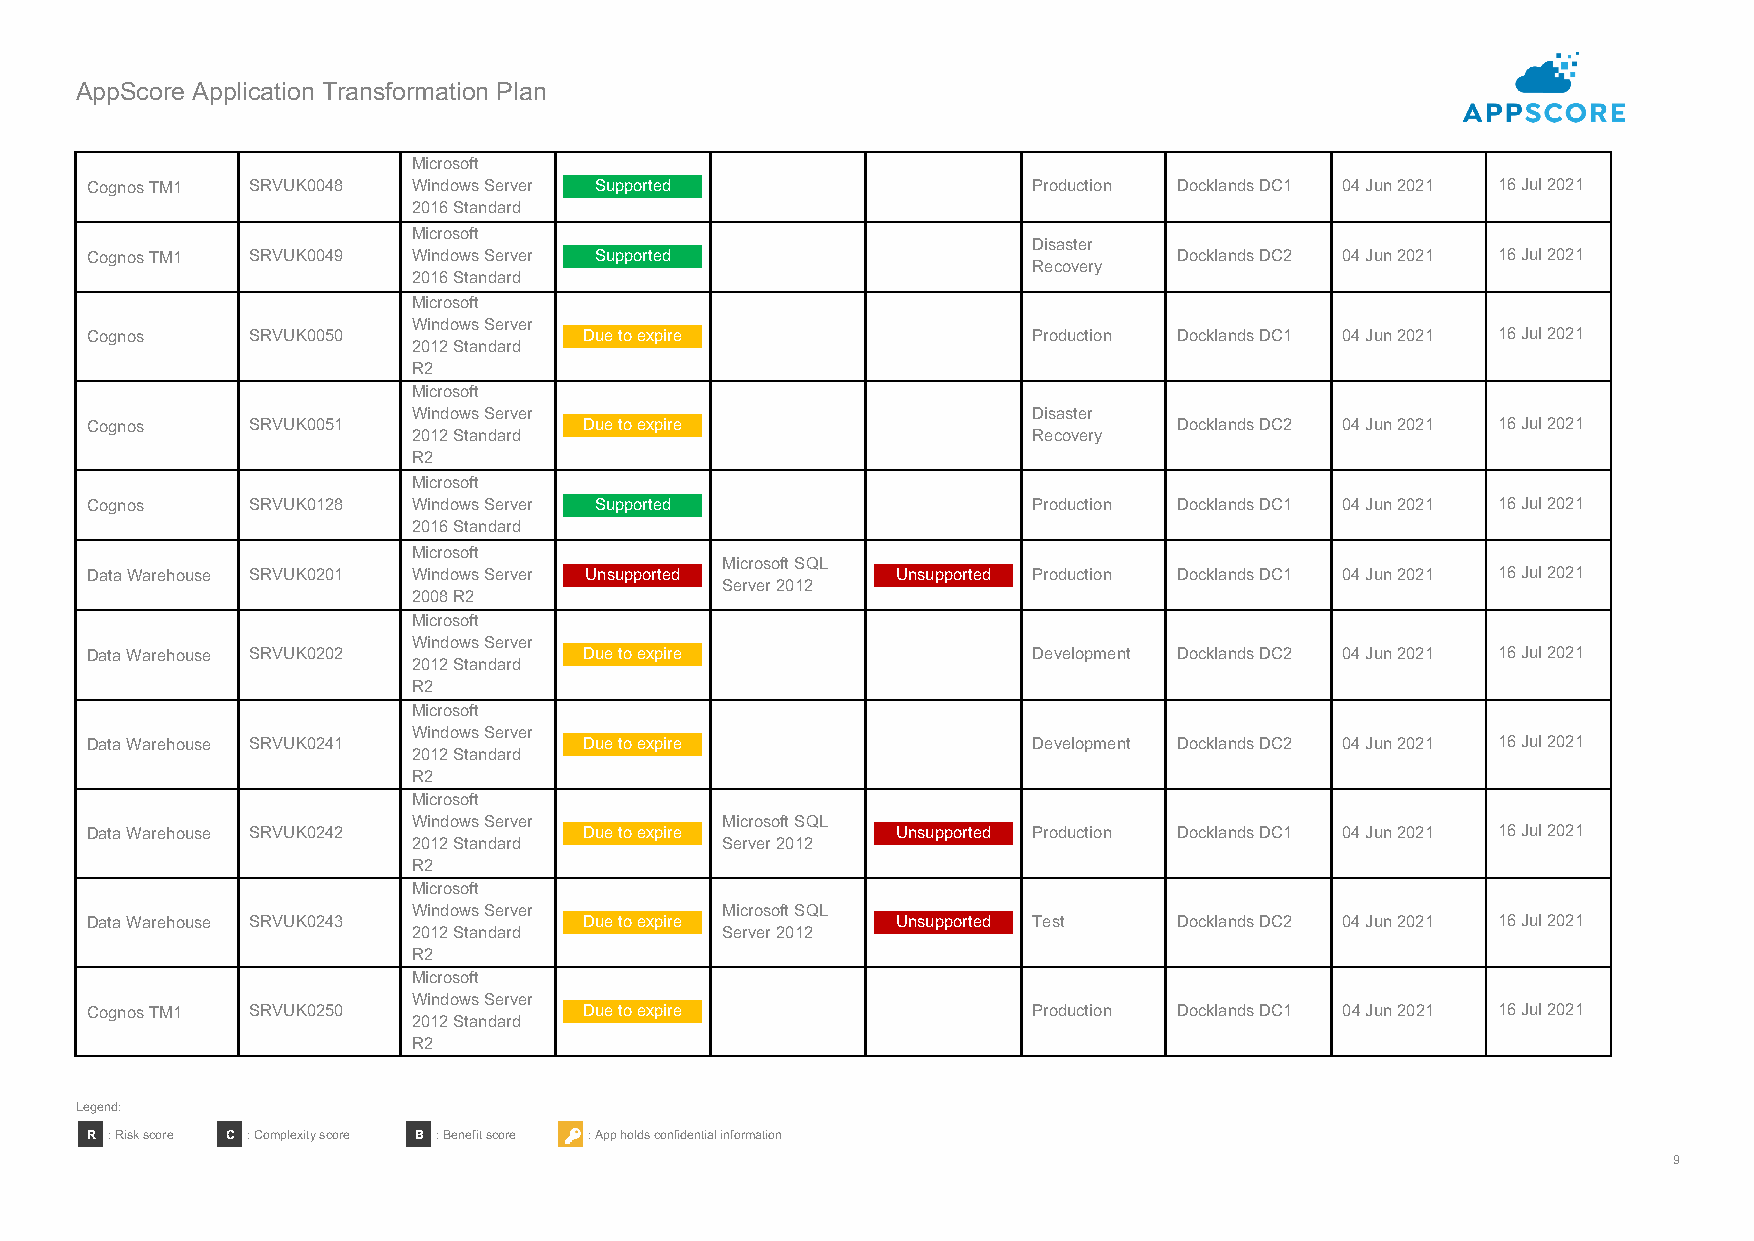
AppScore Application Transformation Plan
 Microsoft
 Cognos TM1 SRVUK0048 Windows Server Supported                 Production Docklands DC1 04 Jun 2021 16 Jul 2021
 2016 Standard
 Microsoft
 Disaster
 Cognos TM1 SRVUK0049 Windows Server Supported                           Docklands DC2 04 Jun 2021 16 Jul 2021
 Recovery
 2016 Standard
 Microsoft
 Windows Server
 Cognos    SRVUK0050              Due to expire                Production Docklands DC1 04 Jun 2021 16 Jul 2021
 2012 Standard
 R2
 Microsoft
 Windows Server                           Disaster
 Cognos    SRVUK0051              Due to expire                          Docklands DC2 04 Jun 2021 16 Jul 2021
 2012 Standard                            Recovery
 R2
 Microsoft
 Cognos    SRVUK0128  Windows Server Supported                 Production Docklands DC1 04 Jun 2021 16 Jul 2021
 2016 Standard
 Microsoft
 Microsoft SQL
 Data Warehouse SRVUK0201 Windows Server Unsupported  Unsupported Production Docklands DC1 04 Jun 2021 16 Jul 2021
 Server 2012
 2008 R2
 Microsoft
 Windows Server
 Data Warehouse SRVUK0202         Due to expire                Development Docklands DC2 04 Jun 2021 16 Jul 2021
 2012 Standard
 R2
 Microsoft
 Windows Server
 Data Warehouse SRVUK0241         Due to expire                Development Docklands DC2 04 Jun 2021 16 Jul 2021
 2012 Standard
 R2
 Microsoft
 Windows Server       Microsoft SQL
 Data Warehouse SRVUK0242         Due to expire       Unsupported Production Docklands DC1 04 Jun 2021 16 Jul 2021
 2012 Standard        Server 2012
 R2
 Microsoft
 Windows Server       Microsoft SQL
 Data Warehouse SRVUK0243         Due to expire       Unsupported Test   Docklands DC2 04 Jun 2021 16 Jul 2021
 2012 Standard        Server 2012
 R2
 Microsoft
 Windows Server
 Cognos TM1 SRVUK0250             Due to expire                Production Docklands DC1 04 Jun 2021 16 Jul 2021
 2012 Standard
 R2
 Legend:
 R : Risk score C : Complexity score B : Benefit score : App holds confidential information
 9